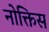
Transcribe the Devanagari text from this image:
नोक्तिस